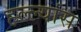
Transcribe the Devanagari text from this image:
हल्ल्यांस